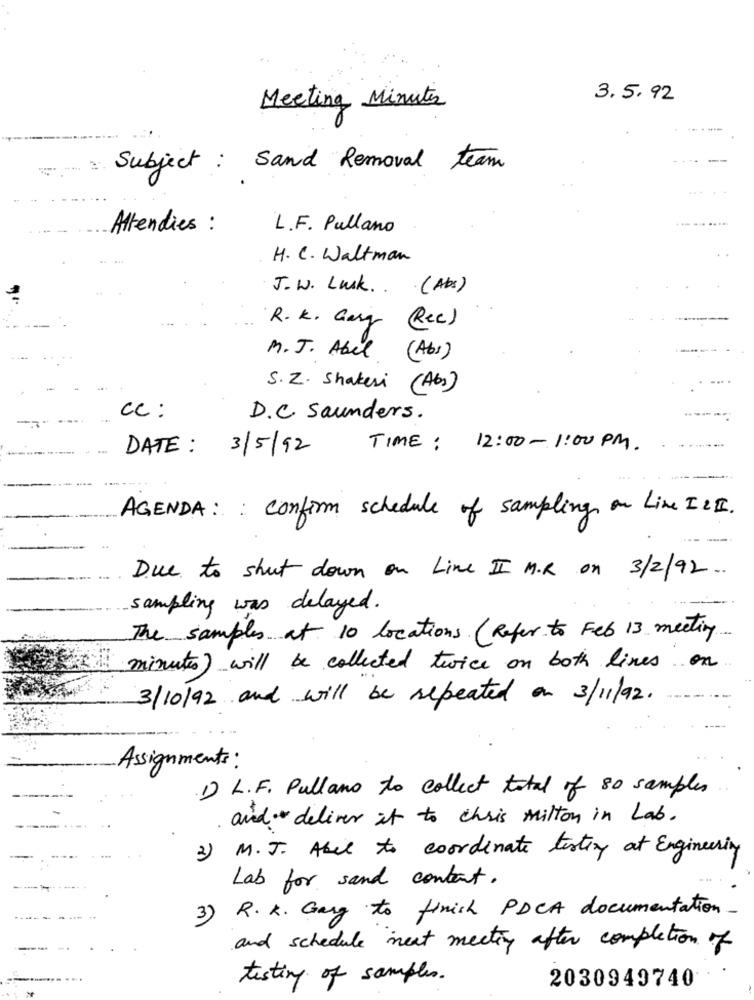
Meeting Minutes
3.5.92
----
Sand Removal team
Subject :
... ... .....
Attendies :
L.F. Pullano
H. C. Waltman
J.W. Lusk .. . (Abs)
R.K. Gary (Rec)
M.J. Abel (Abs)
S.Z. Shakesi (Abs)
cc:
D. C saunders.
TIME :
12:00-1:00 PM.
DATE: 3/5/92
AGENDA: : confirm schedule of sampling on Line ILI.
Due to shut down on Line II M.R on 3/2/92.
sampling was delayed.
The samples at 10 locations. (Refer to Feb 13 meeting
minutes) will be collected twice on both lines on
3/10/92 and will be repeated on 3/11/92.
Assignments :
1) L. F. Pullano to collect total of 80 samples
and deliver it to chris milton in Lab.
2) M.J. Abel to coordinate testiy at Engineering
Lab for sand contact.
3) R. K. Gary to finish PDCA documentation-
and schedule next meeting after completion of
testing of samples.
2030949740